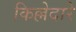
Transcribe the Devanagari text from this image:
किल्लेदारे